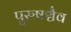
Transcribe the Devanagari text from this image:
पुरुषञ्चैव